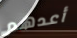
أعدهم